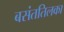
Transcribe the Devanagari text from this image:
बसंततिलका